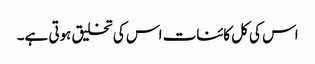
اس کی کل کائنات اس کی تخلیق ہوتی ہے۔